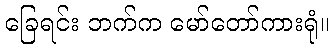
ခြေရင်း ဘက်က မော်တော်ကားရုံ။